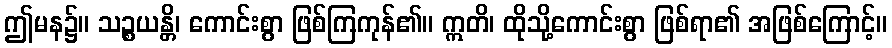
ဤမန၌။ သဉ္စယန္တိ၊ ကောင်းစွာ ဖြစ်ကြကုန်၏။ ဣတိ၊ ထိုသို့ကောင်းစွာ ဖြစ်ရာ၏ အဖြစ်ကြောင့်။